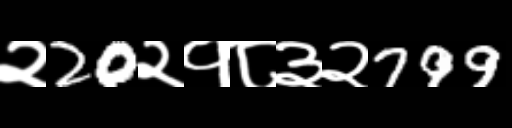
Text: २20२१८३२799